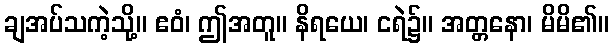
ချအပ်သကဲ့သို့။ ဧဝံ၊ ဤအတူ။ နိရယေ၊ ငရဲ၌။ အတ္တနော၊ မိမိ၏။